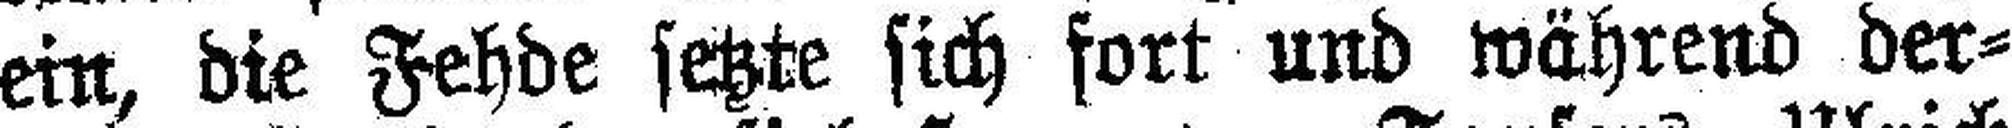
ein, die Fehde setzte sich fort und während der¬